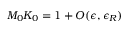
M _ { 0 } K _ { 0 } = 1 + { \cal O } ( \epsilon , \epsilon _ { R } )